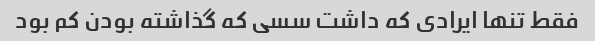
فقط تنها ایرادی که داشت سسی که گذاشته بودن کم بود